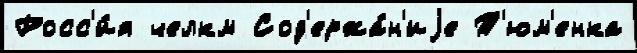
Росс'и́я челкм Сод'ержа́н'иjе Т'юм'енка